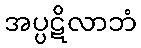
အပ္ပဋိလာဘံ